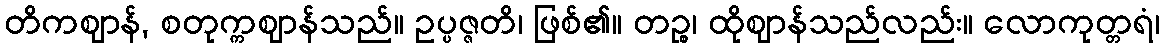
တိကဈာန်, စတုက္ကဈာန်သည်။ ဥပ္ပဇ္ဇတိ၊ ဖြစ်၏။ တဉ္စ၊ ထိုဈာန်သည်လည်း။ လောကုတ္တရံ၊